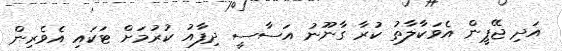
އަދި ޖޭޕީން އެވަކާލާތު ކުރާ ގާނޫނު އަސާސީ ދިފާއު ކުރުމަށް ޓަކައި އެވެރިން